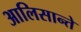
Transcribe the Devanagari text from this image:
आलिसान्ते